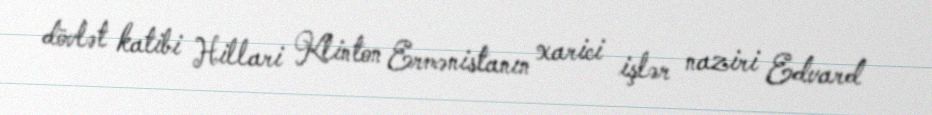
dövlət katibi Hillari Klinton Ermənistanın xarici işlər naziri Edvard